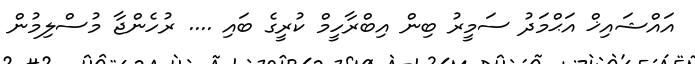
އައްޝައިޚް އަޙްމަދު ސަމީރު ބިން އިބްރާހީމް ކުރީގެ ބައި .... ރުހެންޖާ މުސްލިމުން